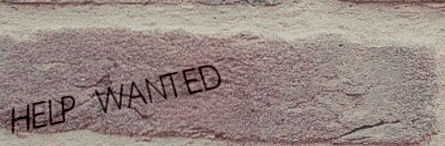
HELP WANTED